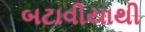
બટાવીયાથી